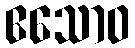
ဧသောဝ